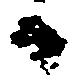
日